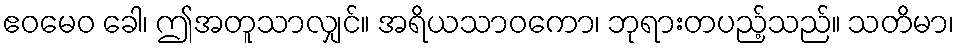
ဧဝမေဝ ခေါ၊ ဤအတူသာလျှင်။ အရိယသာဝကော၊ ဘုရားတပည့်သည်။ သတိမာ၊